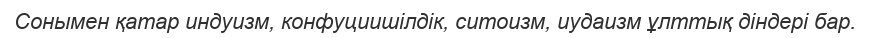
Сонымен қатар индуизм, конфуциишілдік, ситоизм, иудаизм ұлттық діндері бар.